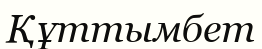
Құттымбет